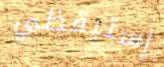
إستيقظي